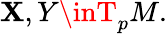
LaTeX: \mathbf{X},Y\inT_{p}M.